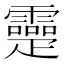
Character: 𤴤